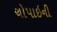
ચોપાઇની